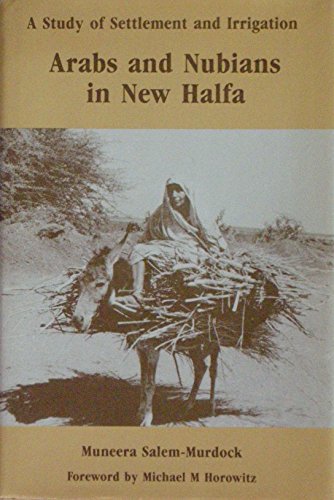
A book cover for Arabs and Nubians in New Halfa: A Study of Settlement and Irrigation; Muneera Salem-Murdock; Science & Math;